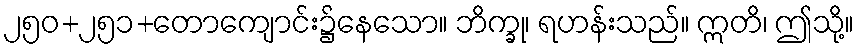
၂၅၀+၂၅၁+တောကျောင်း၌နေသော။ ဘိက္ခု၊ ရဟန်းသည်။ ဣတိ၊ ဤသို့။